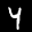
Label: 4